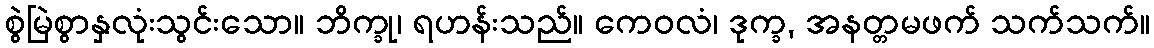
စွဲမြဲစွာနှလုံးသွင်းသော။ ဘိက္ခု၊ ရဟန်းသည်။ ကေဝလံ၊ ဒုက္ခ, အနတ္တမဖက် သက်သက်။